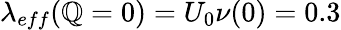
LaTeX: \lambda_{eff}(\mathbb{Q}=0)=U_{0}\nu(0)=0.3